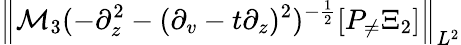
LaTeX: \left\| \mathcal{M}_{3}(-\partial_{z}^{2}-(\partial_{v}-t\partial_{z})^{2})^{-\frac 12}[P_{\neq}\Xi_{2}]\right\| _{L^{2}}